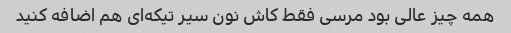
همه چیز عالی بود مرسی فقط کاش نون سیر تیکه‌ای هم اضافه کنید